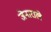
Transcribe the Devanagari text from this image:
जेनाराले